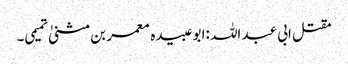
مقتل ابی عبد اللہ :ابو عبیدہ معمر بن مثنیٰ تمیمی۔